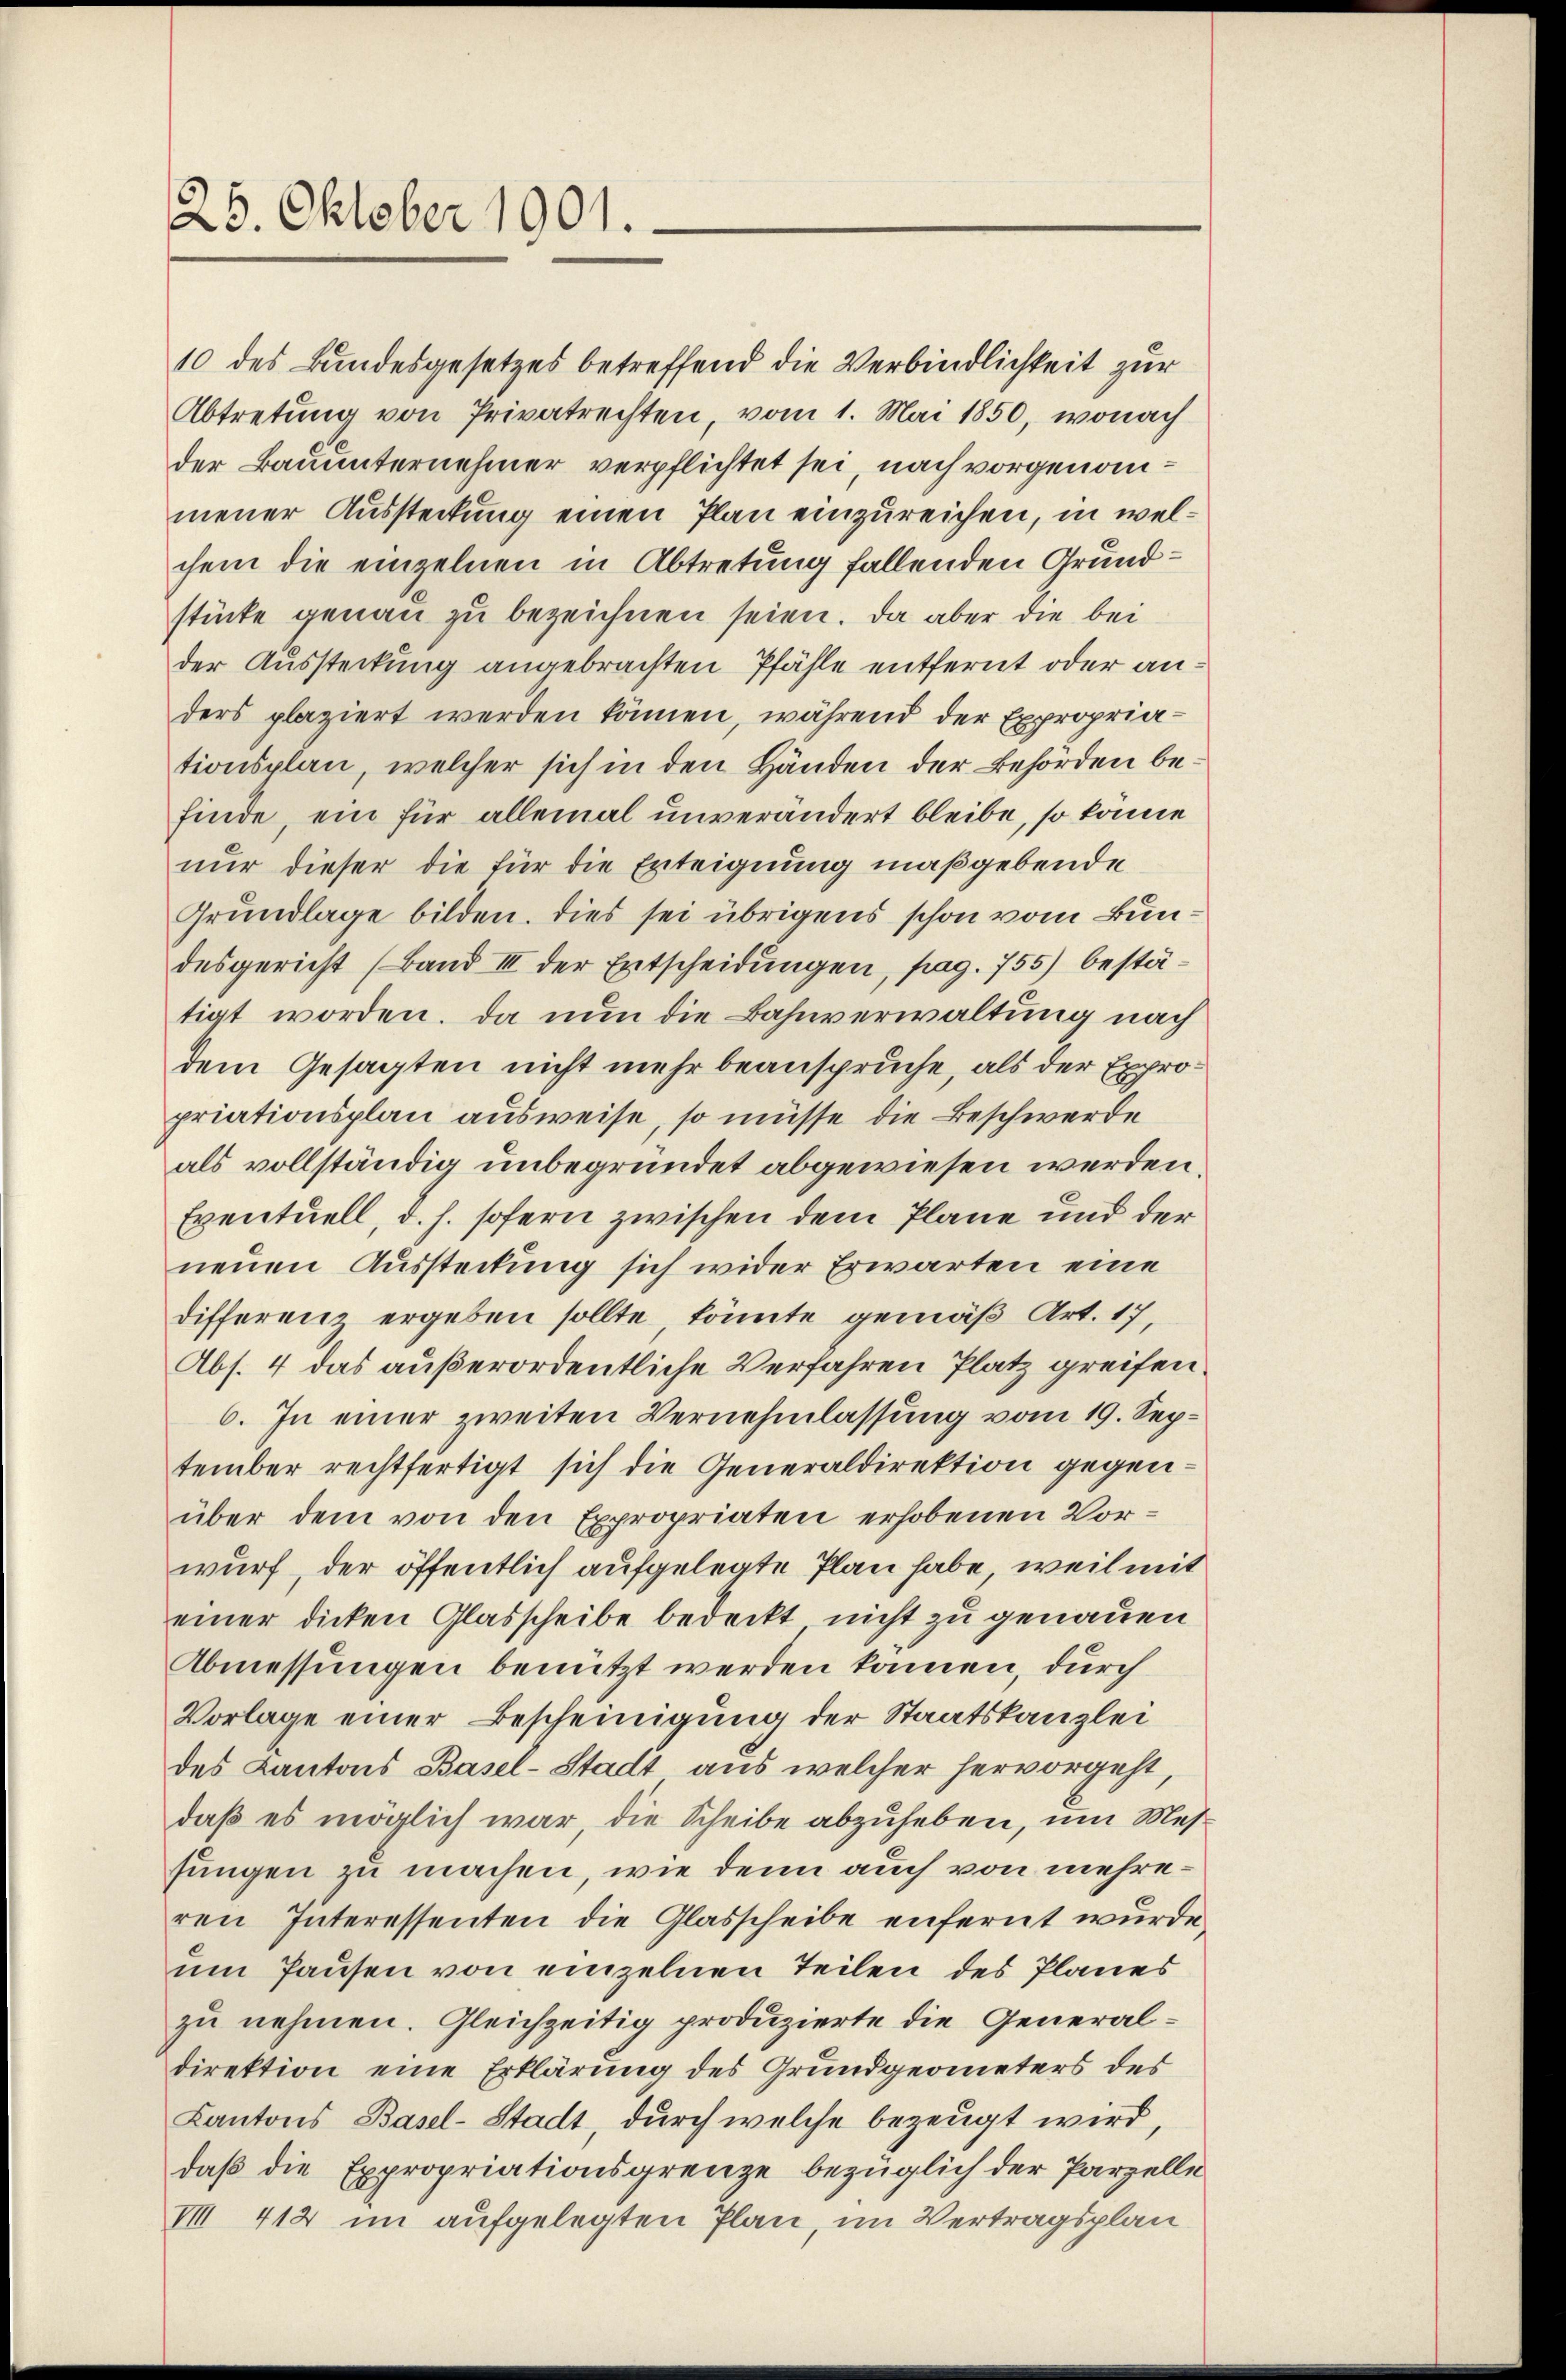
25. Oktober 1901.

10 des Bundesgesetzes betreffend die Verbindlichkeit zur
Abtretung von Privatrechten, vom 1. Mai 1850, wonach
der Bauunternehmer verpflichtet sei, nach vorgenommener Aussteckung einen Plan einzureichen, in welchem die einzelnen in Abtretung fallenden Grundstücke genau zu bezeichnen seien. Da aber die bei
der Aussteckung angebrachten Pfähle entfernt oder anders plaziert werden können, während der Expropriationsplan, welcher sich in den Händen der Behörden befinde, ein für allemal unverändert bleibe, so könne
nur dieser die für die Erteignung maßgebende
Grundlage bilden. Dies sei übrigens schon vom Bundesgericht (Band III der Entscheidungen, pag. 755) bestätigt worden. Da nun die Bahnverwaltung nach
dem Gesagten nicht mehr beanspruche, als der Expropriationsplan ausweise, so müsse die Beschwerde
als vollständig unbegründet abgewiesen werden
Eventuell, d. h. sofern zwischen dem Plane und der
neuen Aussteckung sich wider Erwarten eine
differenz ergeben sollte, könnte gemäß Art. 17,
Abs. 4 das außerordentliche Verfahren Platz greifen.
6. In einer zweiten Vernehmlassung vom 19. September rechtfertigt sich die Generaldirektion gegenüber dem von den Expropriaten erhobenen Vorwurf, der öffentlich aufgelegte Plan habe, weil mit
einer dicken Glasscheibe bedeckt nicht zu genauen
Abmessungen benützt werden können, durch
Vorlage einer Bescheinigung der Staatskanzlei
des Kantons Basel-Stadt aus welcher hervorgeht,
daß es möglich war, die Scheibe abzuheben, um Messungen zu machen, wie denn auch von mehreren Interessenten die Glasscheibe enfernt wurde.
um Hausen von einzelnen Teilen des Planes
zu nehmen. Gleichzeitig produzierte die Generaldirektion eine Erklärung des Grundgeometers des
Kantons Basel-Stadt, durch welche bezeugt wird,
daß die Expropriationsgrenze bezüglich der Parzelle
VIII 412 im aufgelegten Plan, im Vertragsplan